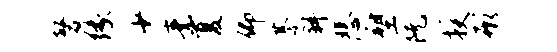
磬缘少素夏仰綦斜悲塑阮授形